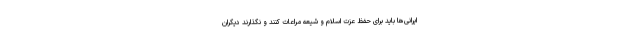
ایرانی‌ها باید برای حفظ عزت اسلام و شیعه مراعات کنند و نگذارند دیگران